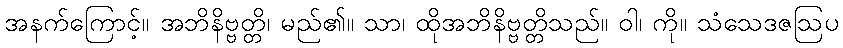
အနက်ကြောင့်။ အဘိနိဗ္ဗတ္တိ၊ မည်၏။ သာ၊ ထိုအဘိနိဗ္ဗတ္တိသည်။ ဝါ၊ ကို။ သံသေဒဇဩပ